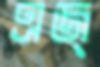
এজ্